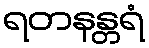
ရတနန္တရံ